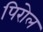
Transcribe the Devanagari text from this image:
पिरोल